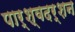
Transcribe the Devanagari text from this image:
पार्श्वदर्शन